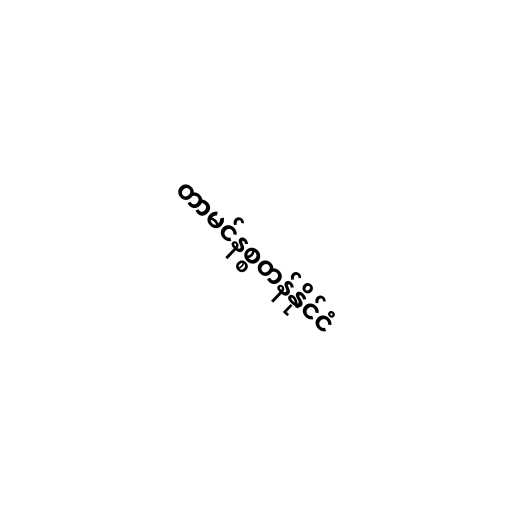
တာမင်နစ္စတန်နိုင်ငံ